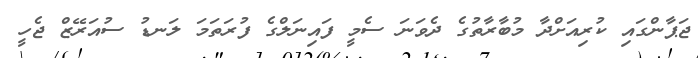
ޖަޕާންގައި ކުރިއަށްދާ މުބާރާތުގެ ދެވަނަ ސެމީ ފައިނަލްގެ ފުރަތަމަ ލަނޑު ސުއަރޭޒް ޖެހީ